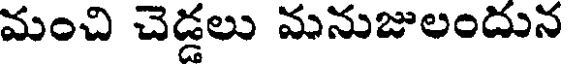
మంచి చెడ్డలు మనుజులందున